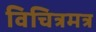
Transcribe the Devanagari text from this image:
विचित्रमत्र